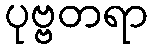
ပုဗ္ဗတရာ